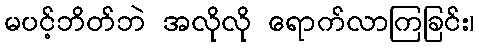
မပင့်ဘိတ်ဘဲ အလိုလို ရောက်လာကြခြင်း၊